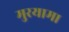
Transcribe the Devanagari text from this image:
मुरयामा